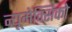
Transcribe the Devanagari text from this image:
न्यूमेक्सिको